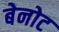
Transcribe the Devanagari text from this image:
बेनोट